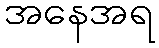
အနေအရ